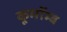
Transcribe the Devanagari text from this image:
कूमॉम्ब